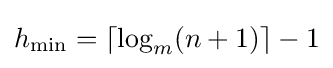
h_{\mathrm {min} }=\lceil \log _{m}(n+1)\rceil -1